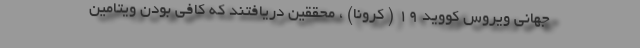
جهانی ویروس کووید 19 ( کرونا) ، محققین دریافتند که کافی بودن ویتامین